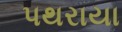
પથરાયા